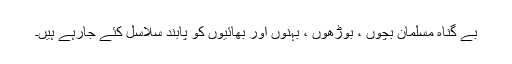
بے گناہ مسلمان بچوں ، بوڑھوں ، بہنوں اور بھائیوں کو پابند سلاسل کئے جارہے ہیں۔